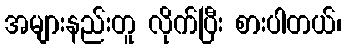
အများနည်းတူ လိုက်ပြီး စားပါတယ်၊